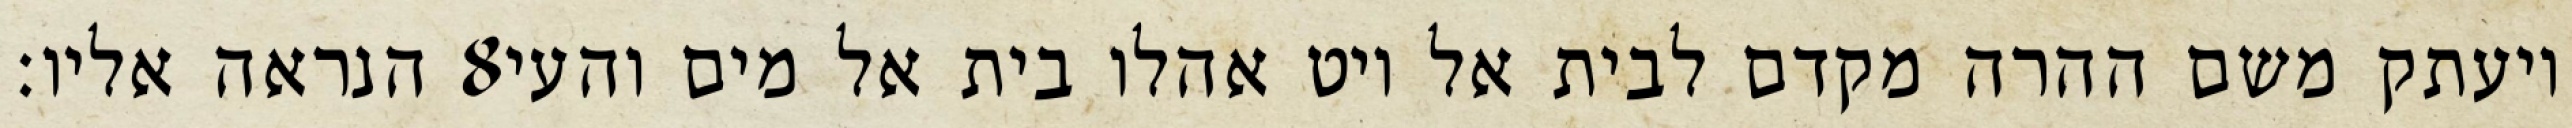
הנראה אליו׃ ‎8‏ ויעתק משם ההרה מקדם לבית אל ויט אהלו בית אל מים והעי